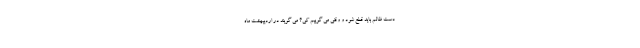
دست ظالم باید قطع شود و وقتی می گوییم کی؟ می گویند در اردیبهشت ماه